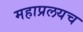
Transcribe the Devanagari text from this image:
महाप्रलयच